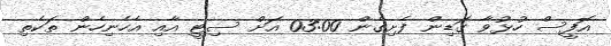
އޮފީސް ހުޅުވާ ގަޑިން ފެށިގެން 03:00 އަށް ސިޓީ އާއި އެހެނިހެން ތަކެތި